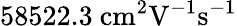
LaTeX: \mathrm{58522.3\ cm^{2}V^{-1}s^{-1}}